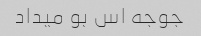
جوجه اس بو میداد